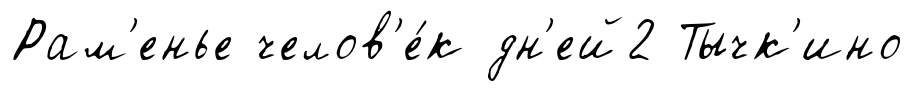
Рам'енье челов'е́к дн'ей2 Тычк'ино